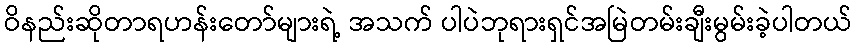
ဝိနည်းဆိုတာရဟန်းတော်များရဲ့ အသက် ပါပဲဘုရားရှင်အမြဲတမ်းချီးမွမ်းခဲ့ပါတယ်